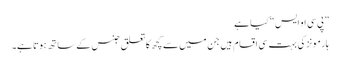
”پی سی او ایس“ کیا ہے
ہارمونز کی بہت سی اقسام ہیں جن میں سے کچھ کا تعلق جنس کے ساتھ ہوتا ہے۔